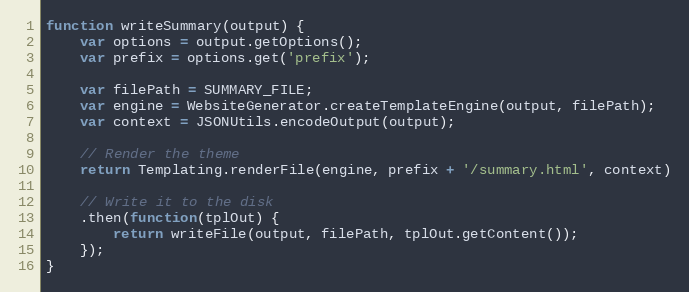
Language: JavaScript
function writeSummary(output) {
    var options = output.getOptions();
    var prefix = options.get('prefix');

    var filePath = SUMMARY_FILE;
    var engine = WebsiteGenerator.createTemplateEngine(output, filePath);
    var context = JSONUtils.encodeOutput(output);

    // Render the theme
    return Templating.renderFile(engine, prefix + '/summary.html', context)

    // Write it to the disk
    .then(function(tplOut) {
        return writeFile(output, filePath, tplOut.getContent());
    });
}